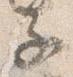
子